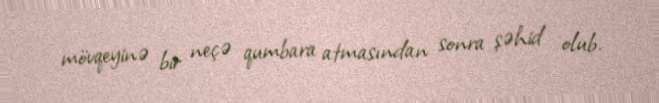
mövqeyinə bir neçə qumbara atmasından sonra şəhid olub.